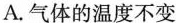
A.气体的温度不变